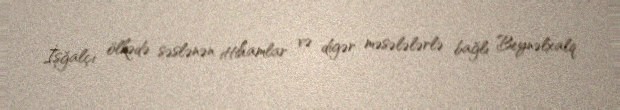
İşğalçı ölkədə səslənən ittihamlar və digər məsələlərlə bağlı Beynəlxalq